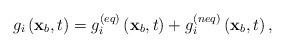
LaTeX: \begin{align*}{g_i}\left( {{{\bf{x}}_b},t} \right) = g_i^{\left( {eq} \right)}\left( {{{\bf{x}}_b},t} \right) + g_i^{\left( {neq} \right)}\left( {{{\bf{x}}_b},t} \right),\end{align*}